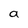
Character: a